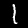
Digit: 1